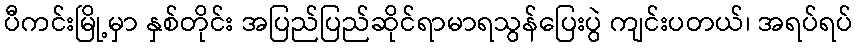
ပီကင်းမြို့မှာ နှစ်တိုင်း အပြည်ပြည်ဆိုင်ရာမာရသွန်ပြေးပွဲ ကျင်းပတယ်၊ အရပ်ရပ်